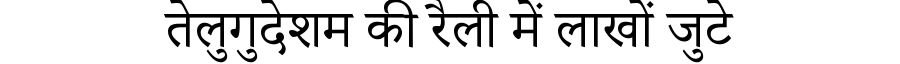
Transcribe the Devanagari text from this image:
तेलुगुदेशम की रैली में लाखों जुटे